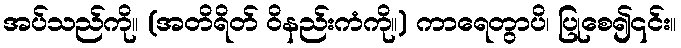
အပ်သည်ကို။ (အတိရိတ် ဝိနည်းကံကို။) ကာရေတွာပိ၊ ပြုစေ၍၎င်း။